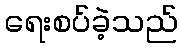
ရေးစပ်ခဲ့သည်